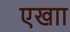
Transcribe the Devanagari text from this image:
एखाा